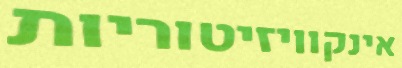
אינקוויזיטוריות